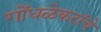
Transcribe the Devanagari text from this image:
गोंधळेकरांचे